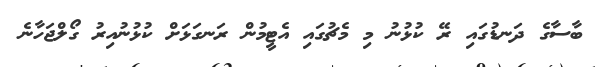
ބާސާގެ ދަނޑުގައި ރޭ ކުޅުނު މި މެޗުގައި އެޓީމުން ރަނގަޅަށް ކުޅުނުއިރު ގޯލްޖަހާނެ